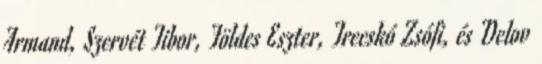
Armand, Szervét Tibor, Földes Eszter, Trecskó Zsófi, és Delov